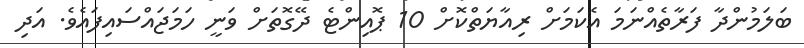
ބަލަމުންދާ ފަރާތެއްނަމަ އެކަމަށް ރިއާޔަތްކޮށް 10 ޕޮއިންޓެ ދޭގޮތަށް ވަނީ ހަމަޖައްސައިފައެވެ. އަދި